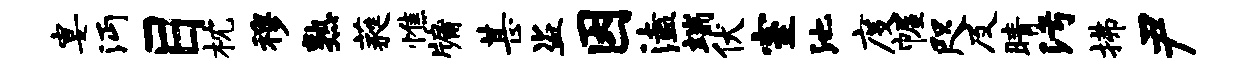
宴沔目枕穆熟蕤憔牖甚盗因溘端伏室池度幄咫及睛污拂尹